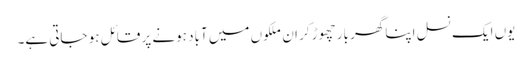
یوں ایک نسل اپنا گھر بار چھوڑ کر ان ملکوں میں آباد ہونے پر قائل ہو جاتی ہے۔